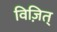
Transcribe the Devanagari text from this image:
विज़ित्